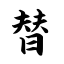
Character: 替